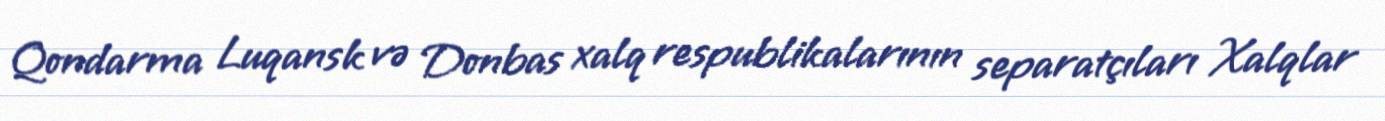
Qondarma Luqansk və Donbas xalq respublikalarının separatçıları Xalqlar